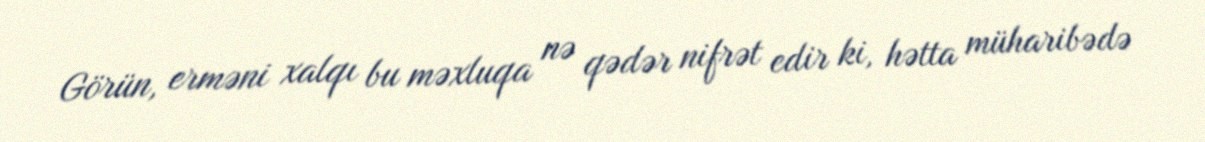
Görün, erməni xalqı bu məxluqa nə qədər nifrət edir ki, hətta müharibədə